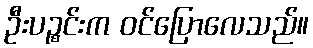
ဦးပဉ္စင်းက ဝင်ပြောလေသည်။